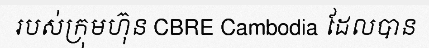
របស់ក្រុមហ៊ុន CBRE Cambodia ដែលបាន